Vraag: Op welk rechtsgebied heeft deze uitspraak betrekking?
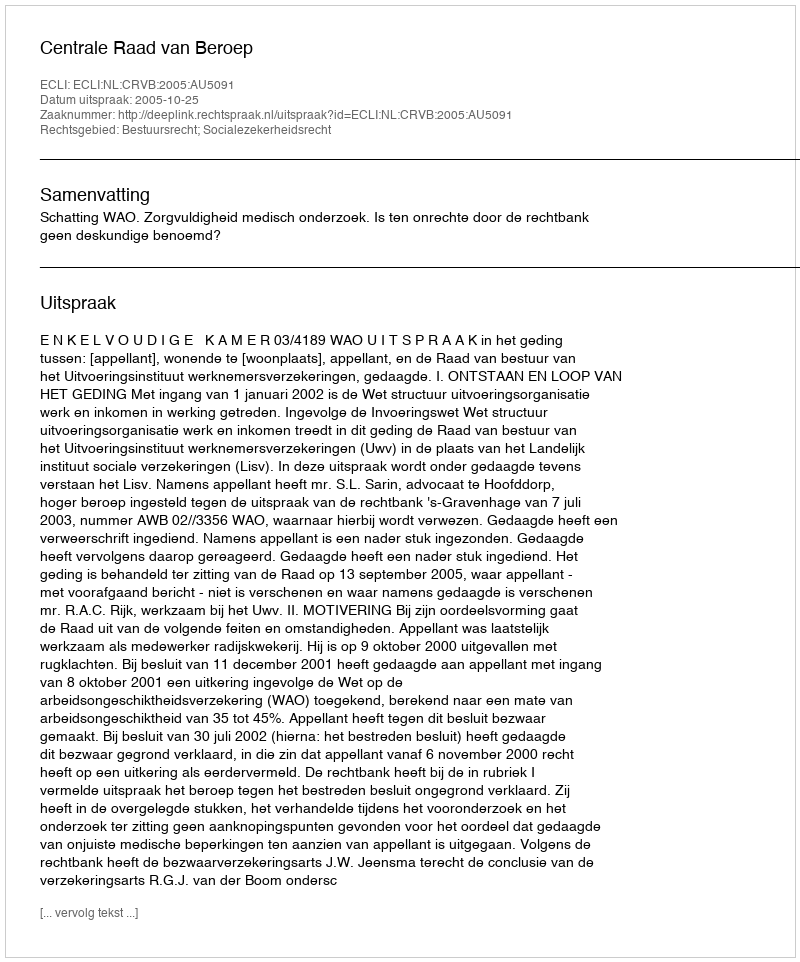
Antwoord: Bestuursrecht; Socialezekerheidsrecht